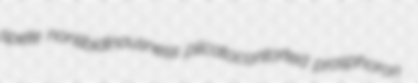
spete nonlibidinousness plicatocontorted prosphoron